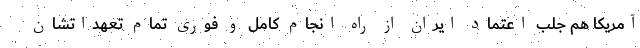
آمریکا هم جلب اعتماد ایران از راه انجام کامل و فوری تمام تعهداتشان